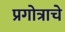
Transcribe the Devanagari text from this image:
प्रगोत्राचे